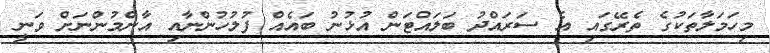
މިހަމަލާތަކުގެ ތެރޭގައި އެ ސަރައްދު ބަލައްޓަން އުޅުނު ބައެއް ފުލުހުންނާއި އާންމުންނަށް ވަނީ